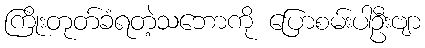
ကြိုးတုတ်ခံရတဲ့သဘောကို ပြောစမ်းပါဦးဗျာ